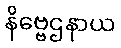
နိဗ္ဗေဌနာယ